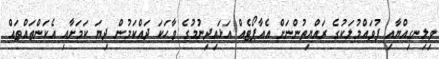
ވިލިނގިއްޔާއި ފުވައްމުލަކުގެ ރައްޔިތުންނަށް އެއާޕޯޓެއް އަޅައިދިނުމުގެ ވާހަކަ ދައްކަމުން ދިޔަ ކަމަށާއި އެކަންތައްތައް